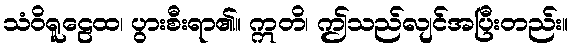
သံဝိရူဠေထ၊ ပွားစီးရာ၏။ ဣတိ၊ ဤသည်လျင်အပြီးတည်း။